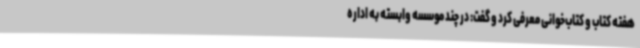
هفته کتاب و کتاب‌خوانی معرفی کرد و گفت: در چند موسسه وابسته به اداره